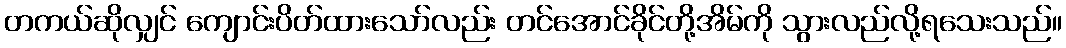
တကယ်ဆိုလျှင် ကျောင်းပိတ်ထားသော်လည်း တင်အောင်ခိုင်တို့အိမ်ကို သွားလည်လို့ရသေးသည်။